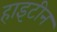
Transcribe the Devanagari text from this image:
हाइटीन